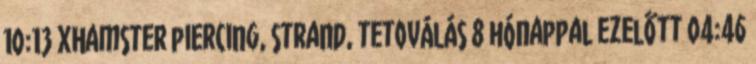
10:13 xHamster piercing, strand, tetoválás 8 hónappal ezelőtt 04:46